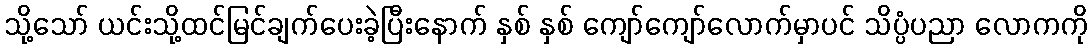
သို့သော် ယင်းသို့ထင်မြင်ချက်ပေးခဲ့ပြီးနောက် နှစ် နှစ် ကျော်ကျော်လောက်မှာပင် သိပ္ပံပညာ လောကကို